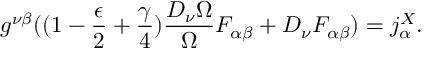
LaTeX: g ^ { \nu \beta } ( ( 1 - \frac { \epsilon } { 2 } + \frac { \gamma } { 4 } ) \frac { D _ { \nu } \Omega } { \Omega } F _ { \alpha \beta } + D _ { \nu } F _ { \alpha \beta } ) = j _ { \alpha } ^ { X } .